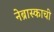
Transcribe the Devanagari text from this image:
नेब्रास्काची